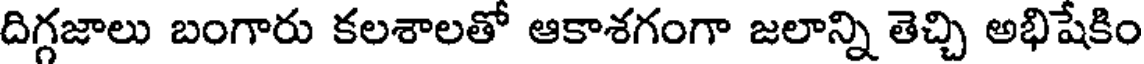
దిగ్గజాలు బంగారు కలశాలతో ఆకాశగంగా జలాన్ని తెచ్చి అభిషేకిం